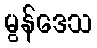
မွန်ဒေသ